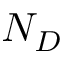
N _ { D }